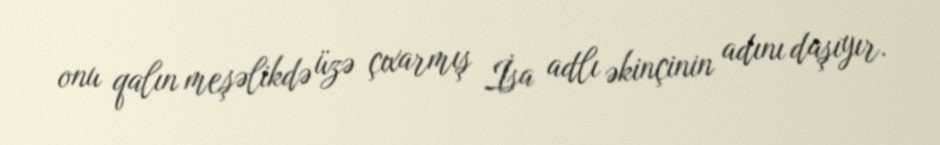
onu qalın meşəlikdə üzə çıxarmış İsa adlı əkinçinin adını daşıyır.